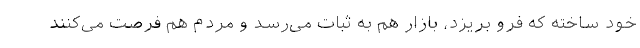
خود ساخته که فرو بریزد، بازار هم به ثبات می‌رسد و مردم هم فرصت می‌کنند